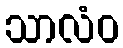
သာလံဝ